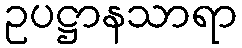
ဥပဋ္ဌာနသာရာ